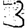
Digit: 3